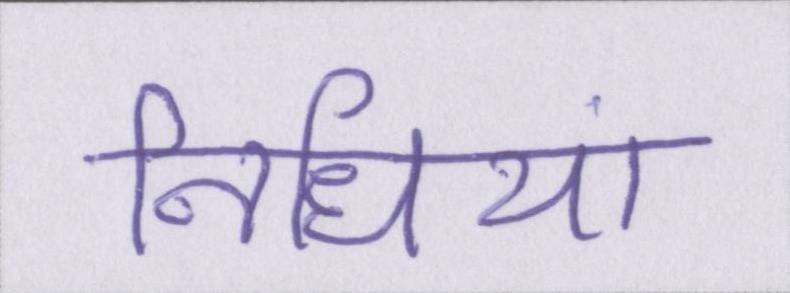
निधियां